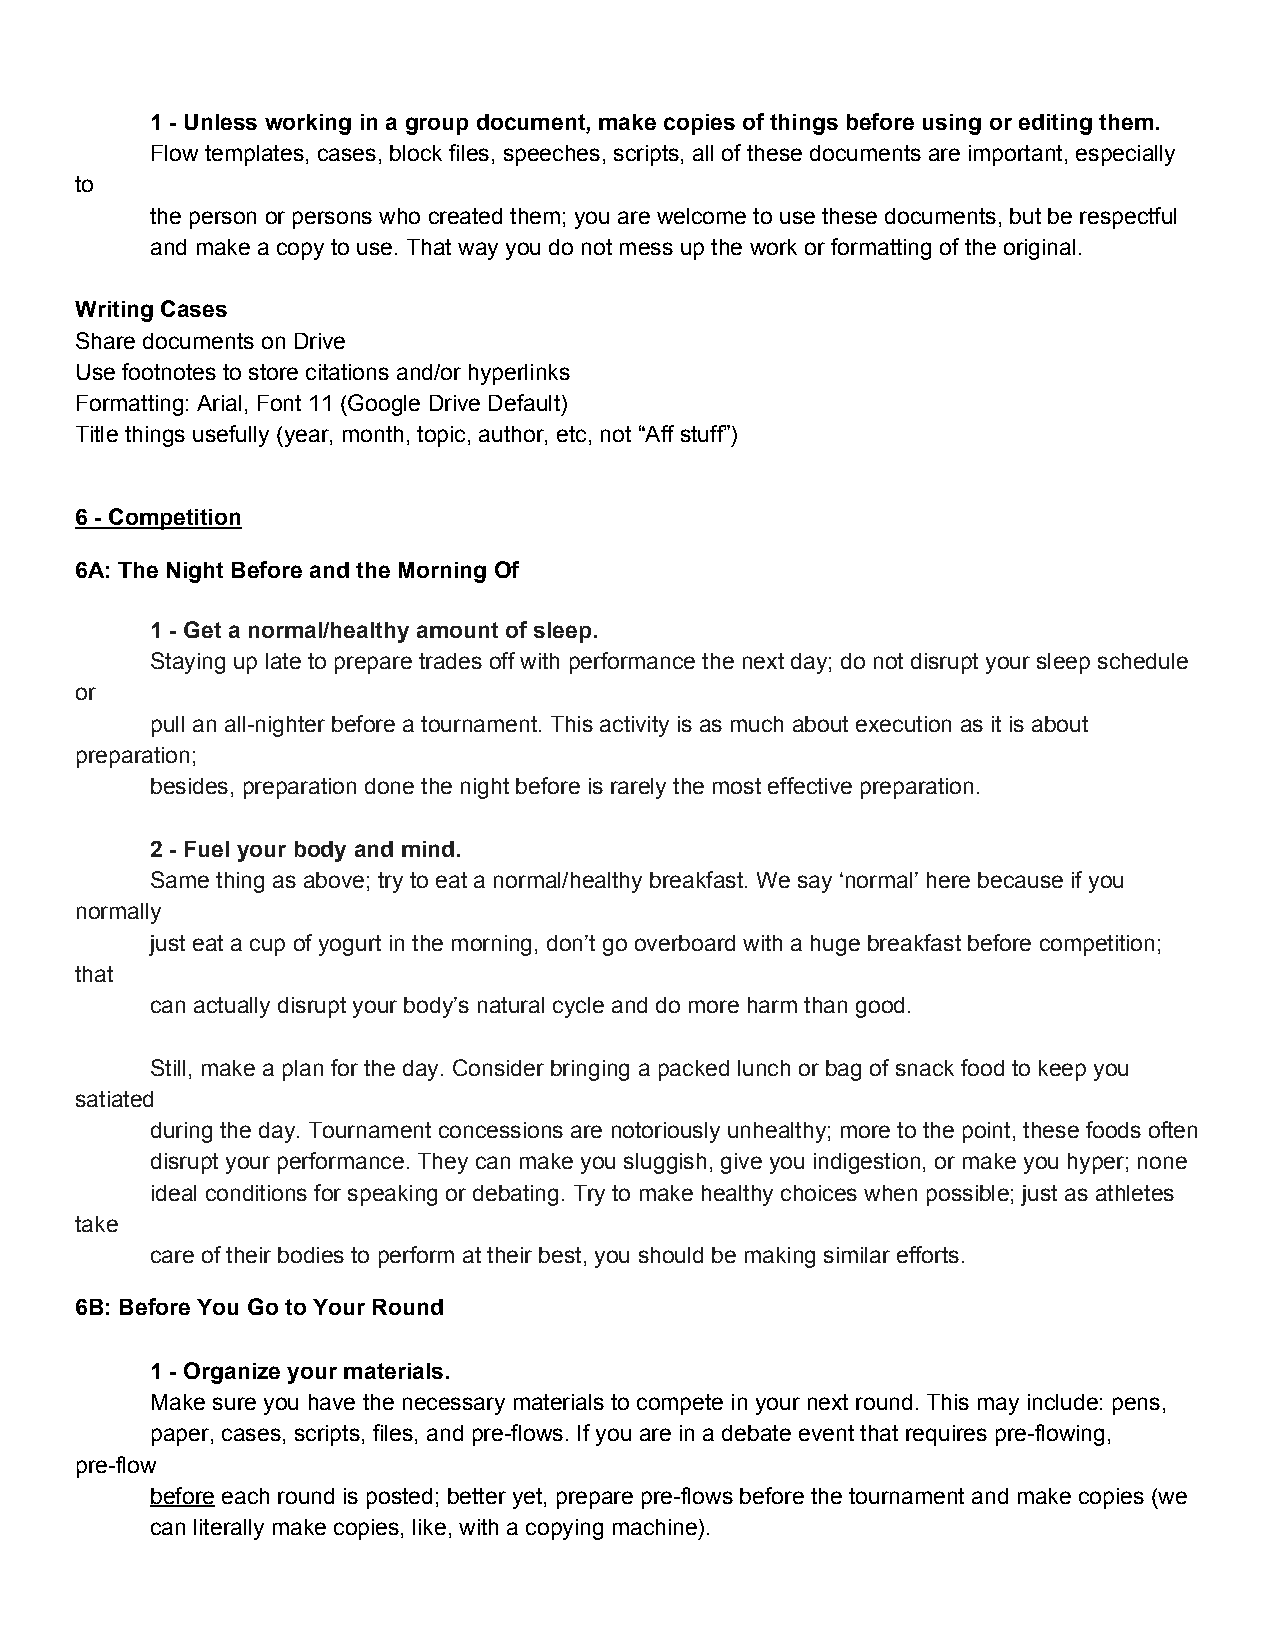
1 ­ Unless working in a group document, make copies of things before using or editing them.
 Flow templates, cases, block files, speeches, scripts, all of these documents are important, especially
 to
 the person or persons who created them; you are welcome to use these documents, but be respectful
 and make a copy to use. That way you do not mess up the work or formatting of the original.
 Writing Cases
 Share documents on Drive
 Use footnotes to store citations and/or hyperlinks
 Formatting: Arial, Font 11 (Google Drive Default)
 Title things usefully (year, month, topic, author, etc, not “Aff stuff”)
 6 ­ Competition
 6A: The Night Before and the Morning Of
 1 ­ Get a normal/healthy amount of sleep.
 Staying up late to prepare trades off with performance the next day; do not disrupt your sleep schedule
 or
 pull an all­nighter before a tournament. This activity is as much about execution as it is about
 preparation;
 besides, preparation done the night before is rarely the most effective preparation.
 2 ­ Fuel your body and mind.
 Same thing as above; try to eat a normal/healthy breakfast. We say ‘normal’ here because if you
 normally
 just eat a cup of yogurt in the morning, don’t go overboard with a huge breakfast before competition;
 that
 can actually disrupt your body’s natural cycle and do more harm than good.
 Still, make a plan for the day. Consider bringing a packed lunch or bag of snack food to keep you
 satiated
 during the day. Tournament concessions are notoriously unhealthy; more to the point, these foods often
 disrupt your performance. They can make you sluggish, give you indigestion, or make you hyper; none
 ideal conditions for speaking or debating. Try to make healthy choices when possible; just as athletes
 take
 care of their bodies to perform at their best, you should be making similar efforts.
 6B: Before You Go to Your Round
 1 ­ Organize your materials.
 Make sure you have the necessary materials to compete in your next round. This may include: pens,
 paper, cases, scripts, files, and pre­flows. If you are in a debate event that requires pre­flowing,
 pre­flow
 before each round is posted; better yet, prepare pre­flows before the tournament and make copies (we
 ​
 can literally make copies, like, with a copying machine).